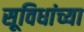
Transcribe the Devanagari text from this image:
सूविधांच्या